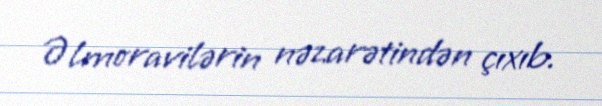
Əlmoravilərin nəzarətindən çıxıb.